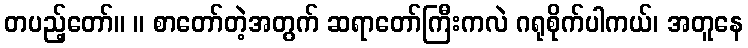
တပည့်တော်။ ။ စာတော်တဲ့အတွက် ဆရာတော်ကြီးကလဲ ဂရုစိုက်ပါကယ်၊ အတူနေ